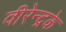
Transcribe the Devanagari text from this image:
वीरेन्द्रके